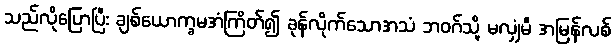
သည်လိုပြောပြီး ချစ်ယောက္ခမအံကြိတ်၍ ခုန်လိုက်သောအသံ ဘဝဂ်သို့ မလျှံမီ အမြန်လစ်